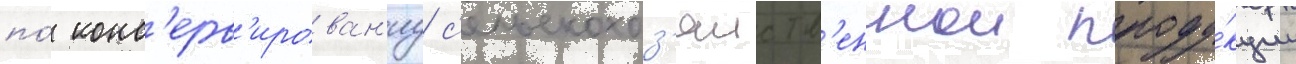
по́ конс'ерв'ирован'иу с'ельскохоз'яиств'еннои проду́кции